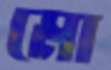
মো